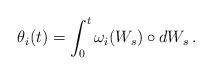
LaTeX: \begin{align*} \theta_{i}(t)=\int_{0}^{t}\omega_{i}(W_{s})\circ dW_{s} \,.\end{align*}